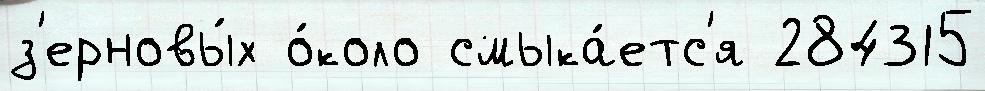
з'ерновы́х о́коло смыка́етс'я 284315